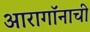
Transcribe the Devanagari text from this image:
आरागॉनाची